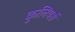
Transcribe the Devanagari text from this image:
कुलियर्स